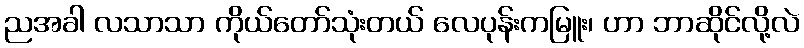
ညအခါ လသာသာ ကိုယ်တော်သုံးတယ် လေပုန်းကမြူး၊ ဟာ ဘာဆိုင်လို့လဲ